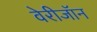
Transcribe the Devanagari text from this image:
वेरीजॉन